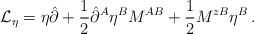
LaTeX: \begin{align*}{\cal L}_\eta=\eta\hat{\partial}+\frac{1}{2}\hat{\partial}^A\eta^BM^{AB}+\frac{1}{2}M^{zB}\eta^B\,.\end{align*}